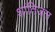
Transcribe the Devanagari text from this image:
शांतिजल